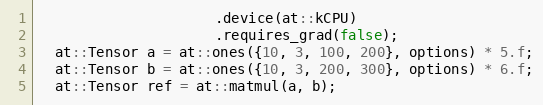
Language: C++
                     .device(at::kCPU)
                     .requires_grad(false);
  at::Tensor a = at::ones({10, 3, 100, 200}, options) * 5.f;
  at::Tensor b = at::ones({10, 3, 200, 300}, options) * 6.f;
  at::Tensor ref = at::matmul(a, b);